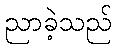
ညာခဲ့သည်